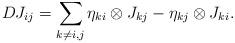
LaTeX: \begin{align*}D J_{ij} = \sum_{k\neq i,j} \eta_{ki} \otimes J_{kj} - \eta_{kj}\otimes J_{ki}.\end{align*}